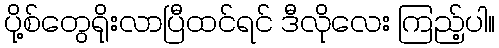
ပို့စ်တွေရိုးလာပြီထင်ရင် ဒီလိုလေး ကြည့်ပါ။